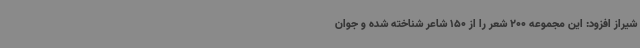
شیراز افزود: این مجموعه 200 شعر را از 150 شاعر شناخته شده و جوان